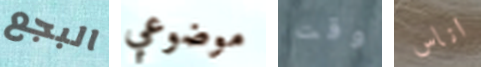
البجع موضوعي وقت اناس